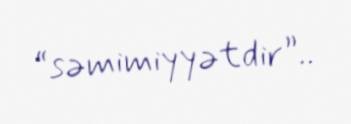
“səmimiyyətdir”..